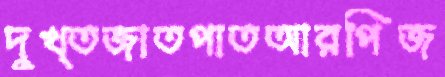
দুখ্তজাতপাতআরপিজ